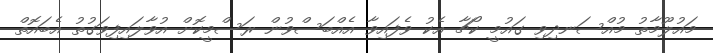
މައުލޫމާތު މުއްސަނދިވި ގައުމީ ކޯޗާ އެކު ވެފައިވާ އެއްބަސްވުން ރަސްމީކޮށް އުވާލައިފިވަގުތު އެބައޮތް